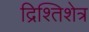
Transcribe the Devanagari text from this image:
द्रिश्तिशेत्र